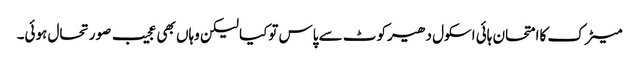
میٹرک کاامتحان ہائی اسکول دھیرکوٹ سے پاس توکیا لیکن وہاں بھی عجیب صورتحال ہوئی۔